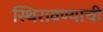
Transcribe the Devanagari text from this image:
स्थिरावण्याची